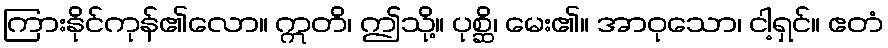
ကြားနိုင်ကုန်၏လော။ ဣတိ၊ ဤသို့။ ပုစ္ဆိ၊ မေး၏။ အာဝုသော၊ ငါ့ရှင်။ ဧတံ